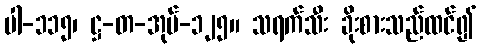
ပါ-၁၁၅၊ ဋ္ဌ-တ-အုပ်-၁၂၅။ သရက်သီး ခိုးစားသည်ထင်၍